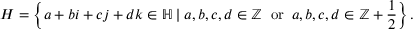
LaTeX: H = \left\{ a + b i + c j + d k \in \mathbb { H } \mid a , b , c , d \in \mathbb { Z } \; { \mathrm { ~ o r ~ } } \, a , b , c , d \in \mathbb { Z } + { \frac { 1 } { 2 } } \right\} .